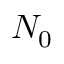
N _ { 0 }